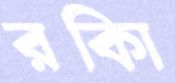
রকিা